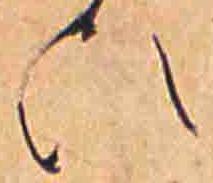
ひ